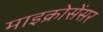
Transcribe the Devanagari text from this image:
माइक्रोसेंसर